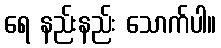
ရေ နည်းနည်း သောက်ပါ။